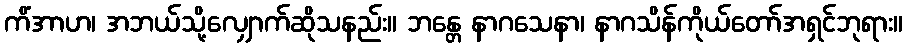
ကိံအာဟ၊ အဘယ်သို့လျှောက်ဆိုသနည်း။ ဘန္တေ နာဂသေနာ၊ နာဂသိန်ကိုယ်တော်အရှင်ဘုရား။